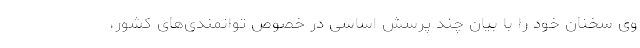
وی سخنان خود را با بیان چند پرسش­ اساسی در خصوص توانمندی‌های کشور،